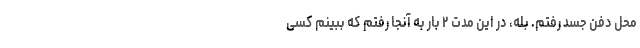
محل دفن جسد رفتم. بله، در این مدت ۲ بار به آنجا رفتم که ببینم کسی